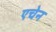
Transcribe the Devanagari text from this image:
एचेन